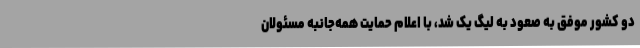
دو کشور موفق به صعود به لیگ یک شد، با اعلام حمایت همه‌جانبه مسئولان